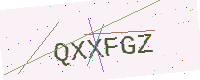
Text: QXXFGZ